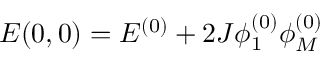
E ( 0 , 0 ) = E ^ { ( 0 ) } + 2 J \phi _ { 1 } ^ { ( 0 ) } \phi _ { M } ^ { ( 0 ) }